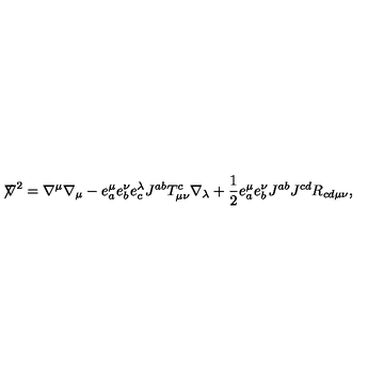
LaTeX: { \not \! \nabla } ^ { 2 } = \nabla ^ { \mu } \nabla _ { \mu } - e _ { a } ^ { \mu } e _ { b } ^ { \nu } e _ { c } ^ { \lambda } J ^ { a b } T _ { \mu \nu } ^ { c } \nabla _ { \lambda } + \frac { 1 } { 2 } e _ { a } ^ { \mu } e _ { b } ^ { \nu } J ^ { a b } J ^ { c d } R _ { c d \mu \nu } ,